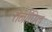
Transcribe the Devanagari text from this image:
तेर्नोपिल